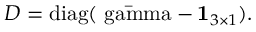
D = \mathrm { d i a g ( \bar { \ g a m m a } } - \mathbf { 1 } _ { 3 \times 1 } ) .